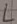
Text: L